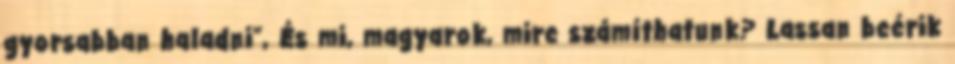
gyorsabban haladni”, És mi, magyarok, mire számíthatunk? Lassan beérik